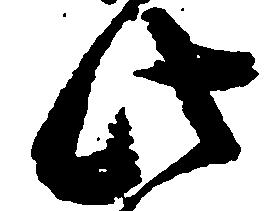
此